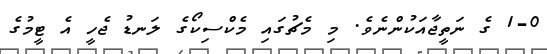
1-0 ގެ ނަތީޖާއަކުންނެވެ. މި މެޗުގައި މެކްސިކޯގެ ލަނޑު ޖެހީ އެ ޓީމުގެ